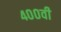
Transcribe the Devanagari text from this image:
४००वी